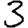
Digit: 3